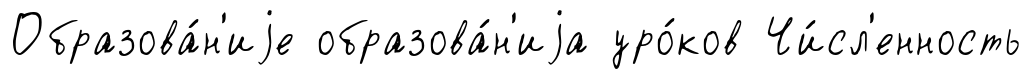
Образова́н'иjе образова́н'иjа уро́ков Чи́сл'енность